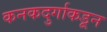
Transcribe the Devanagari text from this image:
कनकदुर्गाकडून